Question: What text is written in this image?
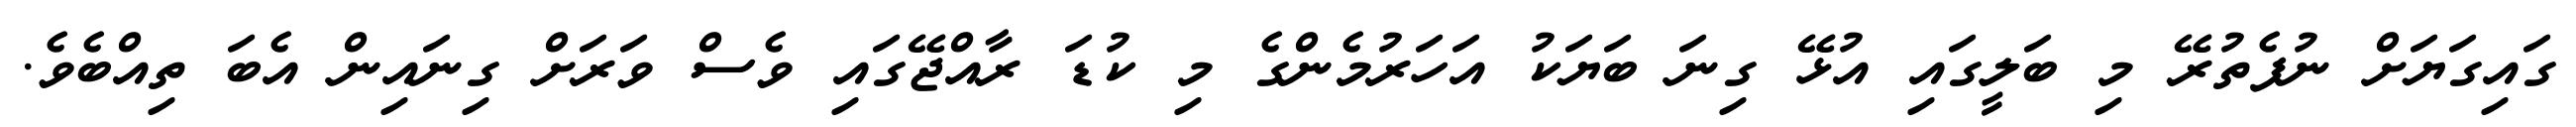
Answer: ގައިގަޔަށް ނުފެތުރޭ މި ބަލީގައި އުޅޭ ގިނަ ބަޔަކު އަހަރުމެންގެ މި ކުޑަ ރާއްޖޭގައި ވެސް ވަރަށް ގިނައިން އެބަ ތިއްބެވެ.